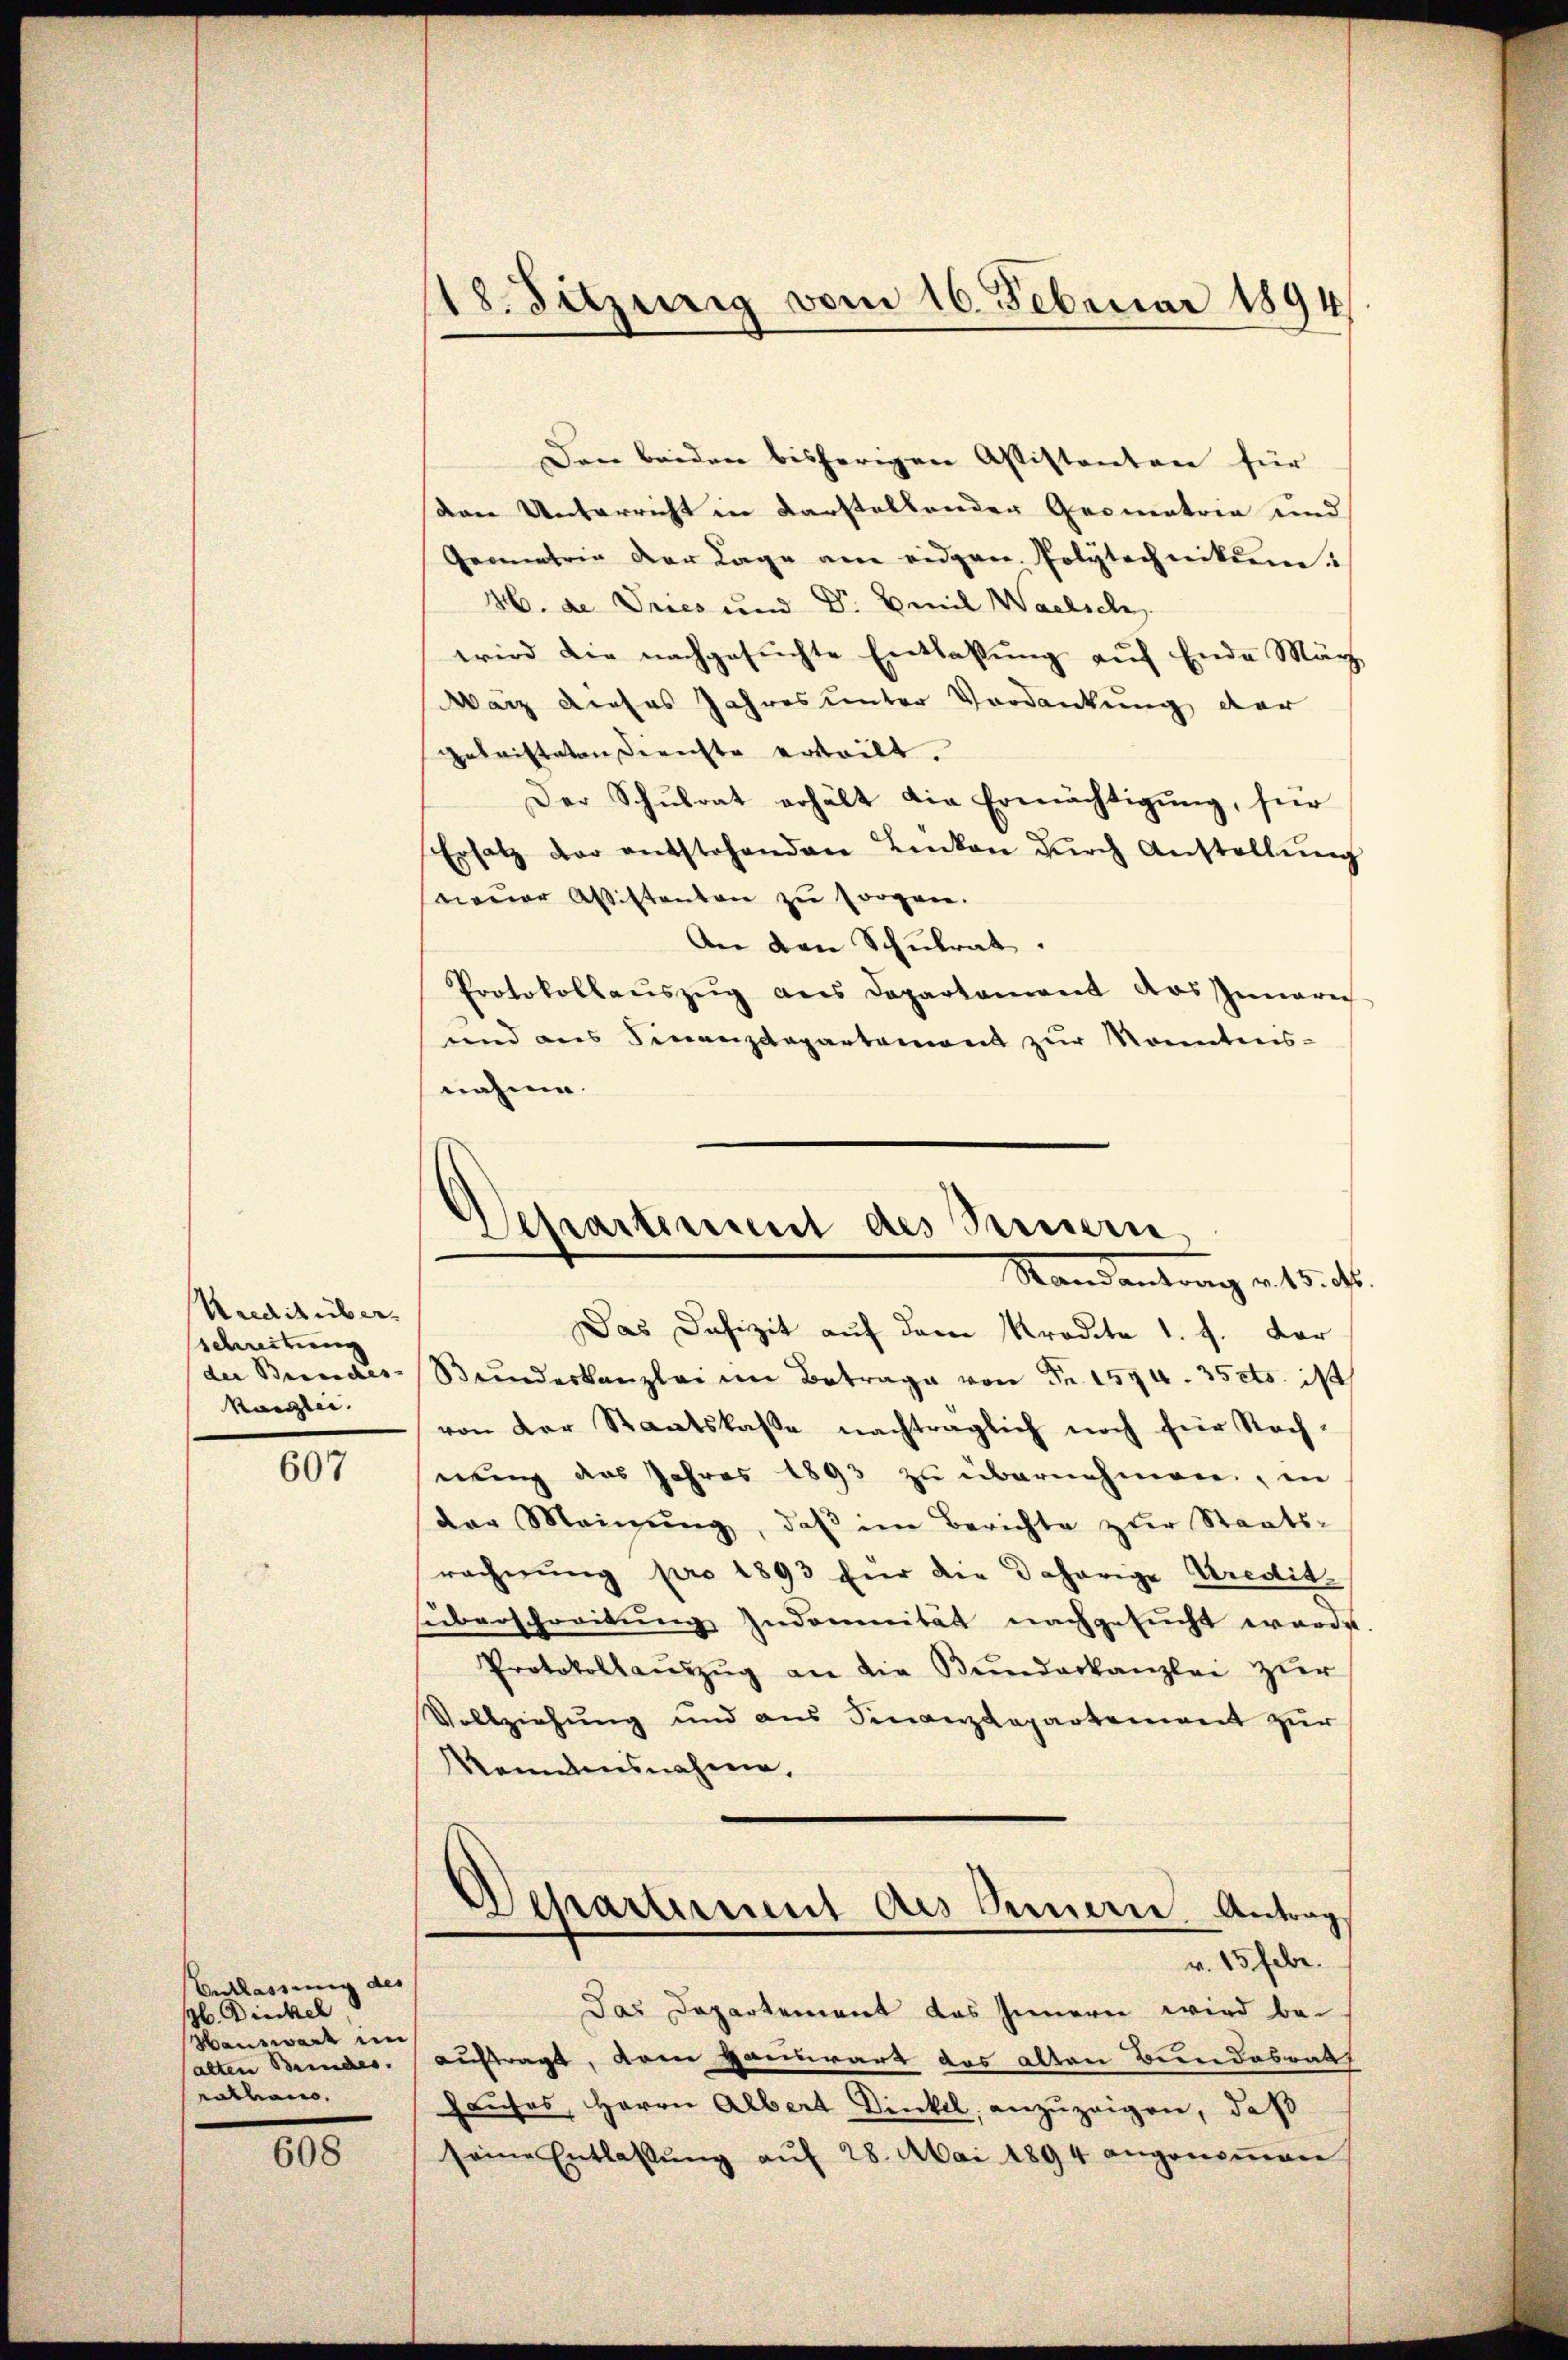
Kredit über
schreitung
der Bundes- |
kanzlei.

607

Entlassung des
H. Dieckel
Hauswart im
(alten Bundes.
eathan,

608

18. Sitzurig vom 16. Februar 1894

den Unterricht in darstellender Geometrie und
Geometrie der Lage am eidgen. Polytechnikum.
H. de Vrico und Dr. Emil Waelsch
wird die nachgesuchte Entlaßung auf Ende März
warz dieses Jahres unter Vordankung der
getristeten Gerichte erteilt.
Der Schŭlrat erhält die Ermächtigŭng, hier
Ersatz der entstehenden Linken dŭrch Anstellŭng
neuer Aßistentane zu sorgen.
An den Schulrat.
Protokollaŭszŭg ans Departament das Innerei
und aus Finanzdepartement zur Kenntnis-
nahme.

Den beiden bisherigen Assistenten für

Departement des Seinern
Randantrag v. 15. M.

Das Defizit auf dem Kredite 1. f. Dar
Bŭndeskanzlei im Betrage von Fr. 1594. 35 cts. 11
von der Staatskasse nachträglich noch für Nach-
nuung das Jahres 1893 zu übernehmen, in
der Meinŭng, daβ im Berichte zur Staats-
rechnung pro 1893 für die daherige Kredit
überschreitŭng Indemnität nachgesŭcht werde.
Protokollaŭszŭg an die Bunderkanzlei zŭr
Vollziehung und aus Finanzdepartement zur
Kenntensnahme,
Departement des Seinern Antrag
v. 15 habe.
Das Departement das Innern wird be-
auftragt, dem Hausart das alten Bundesrath
Hauses, Herrn Albert Dinkel, anzuzeigen, daß
seine Entlassŭng aŭf 28. Mai 1894 angenoṁen